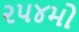
૨૫૪મો